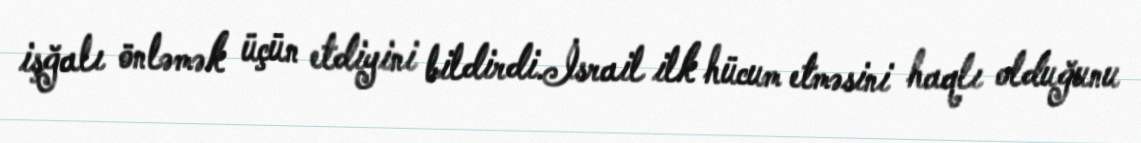
işğalı önləmək üçün etdiyini bildirdi.İsrail ilk hücum etməsini haqlı olduğunu